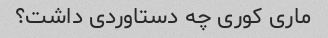
ماری کوری چه دستاوردی داشت؟